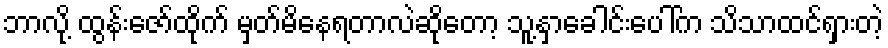
ဘာလို့ ထွန်းဇော်ထိုက် မှတ်မိနေရတာလဲဆိုတော့ သူ့နှာခေါင်းပေါ်က သိသာထင်ရှားတဲ့